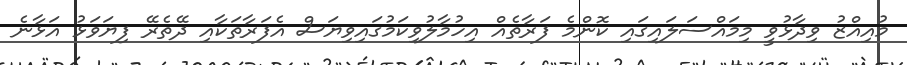
މުއިއްޒު ވިދާޅުވީ މިމައްސަލައިގައި ކޮންމެ ފަރާތެއް އިހުމާލުވިކަމުގައިވިޔަސް އެފަރާތަކާއި ދޭތެރޭ ފިޔަވަޅު އަޅާނެ